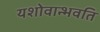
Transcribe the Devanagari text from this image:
यशोवान्भवति